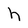
Character: h